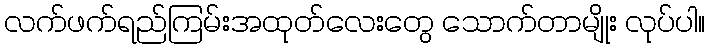
လက်ဖက်ရည်ကြမ်းအထုတ်လေးတွေ သောက်တာမျိုး လုပ်ပါ။